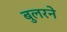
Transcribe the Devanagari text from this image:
बुलरने